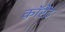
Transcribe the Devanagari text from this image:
कॉरेंट